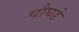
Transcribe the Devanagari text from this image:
चौघडे